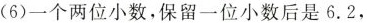
(6)一个两位小数，保留一位小数后是6.2，